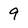
Character: 9